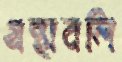
গ্রন্থাবলি